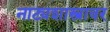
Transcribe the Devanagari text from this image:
नाट्यशास्त्रावर